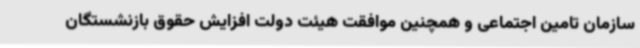
سازمان تامین اجتماعی و همچنین موافقت هیئت دولت افزایش حقوق بازنشستگان